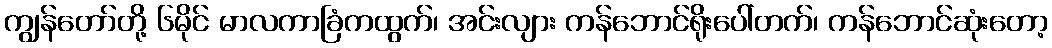
ကျွန်တော်တို့ ၆မိုင် မာလကာခြံကထွက်၊ အင်းလျား ကန်ဘောင်ရိုးပေါ်တက်၊ ကန်ဘောင်ဆုံးတော့